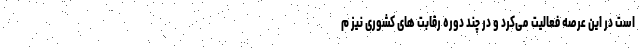
است در این عرصه فعالیت می‌کرد و در چند دوره رقابت های کشوری نیز م